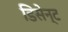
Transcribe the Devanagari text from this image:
डिसेन्ट